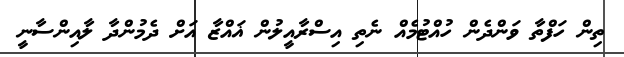
ތިން ހަފްތާ ވަންދެން ހުއްޓުމެއް ނެތި އިސްރާއީލުން ޣައްޒާ އަށް ދެމުންދާ ލާއިންސާނީ